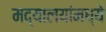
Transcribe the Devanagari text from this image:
मद्यालयांमध्ये